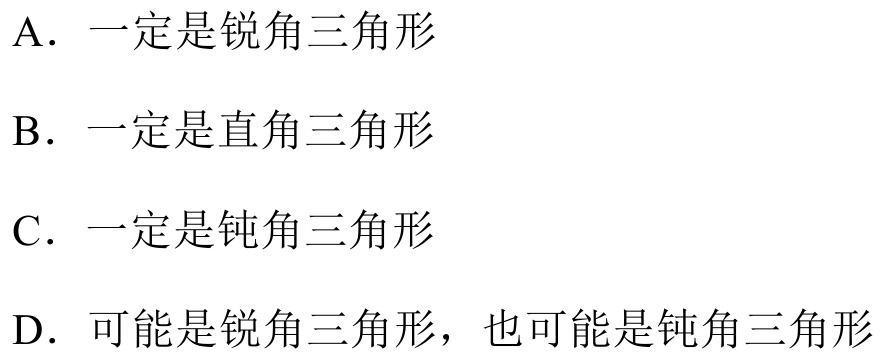
A. 一定是锐角三角形
B. 一定是直角三角形
C. 一定是钝角三角形
D. 可能是锐角三角形，也可能是钝角三角形